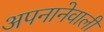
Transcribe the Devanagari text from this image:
अपनानेवाली